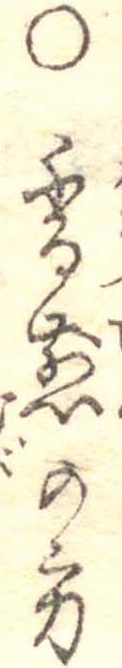
○香煎の方